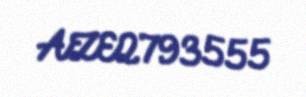
AZE2793555